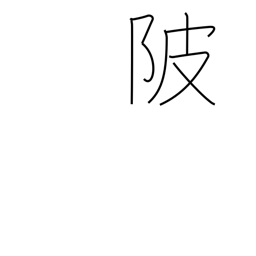
Meaning: levee